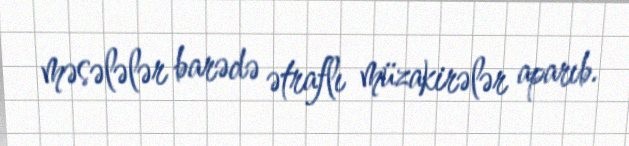
məsələlər barədə ətraflı müzakirələr aparıb.